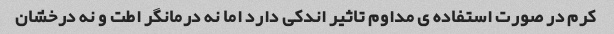
کرم در صورت استفاده ی مداوم تاثیر اندکی دارد اما نه درمانگر اطت و نه درخشان